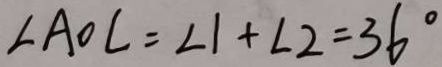
\angle A O C = \angle 1 + \angle 2 = 3 6 ^ { \circ }